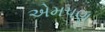
એમપણ